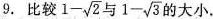
9. 比较 $$1- \sqrt{2}$$ 与 $$1- \sqrt{3}$$ 的大小.